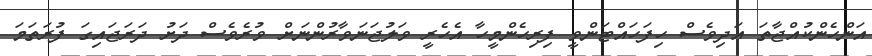
އަންހެންކުއްޖާތަ އަދިވެސް ހިފަހައްޓަންވީ ފިރިހެންމީހާ އެހެރީ ވަލުޖަނަވާރުންނަށް ވުރެވެސް ދަށު ދަރަޖައިގަ ފުރަތަމަ